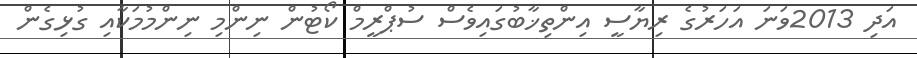
އަދި 2013ވަނަ އަހަރުގެ ރިޔާސީ އިންތިޚާބުގައިވެސް ސުޕްރީމް ކޯޓުން ނިންމި ނިންމުމަކާއި ގުޅިގެން